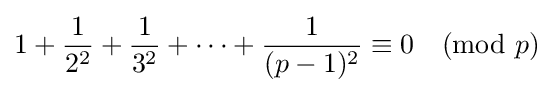
1+{1 \over 2^{2}}+{1 \over 3^{2}}+\dots +{1 \over (p-1)^{2}}\equiv 0{\pmod {p}}